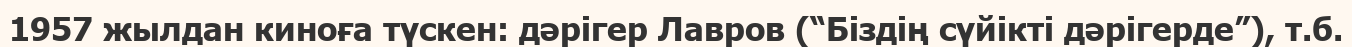
1957 жылдан киноға түскен: дәрігер Лавров (“Біздің сүйікті дәрігерде”), т.б.